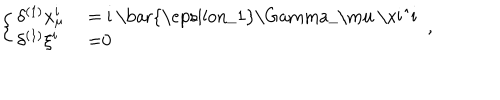
\left\{ \left\{ \begin{cases} { { \delta ^ { ( 1 ) } x _ { \mu } ^ { i } } } & { { = i \bar { \epsilon _ { 1 } } \Gamma _ { \mu } \xi ^ { i } } } \\ { { \delta ^ { ( 1 ) } \xi ^ { i } } } & { { = 0 } } \\ \end{cases} \right. \right. ,